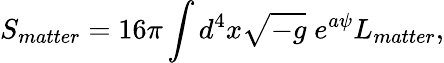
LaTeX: S_{matter}=16\pi\int d^{4}x\sqrt{-g}\; e^{a\psi}L_{matter},